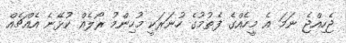
ޖެހިއްޖެ ނަމަ އެ މީހެއްގެ ފެތުމުގެ ހުނަރަކީ މުހިންމު ރޯލެއް ކުޅޭނެ އެއްޗެއް